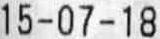
15-07-18